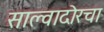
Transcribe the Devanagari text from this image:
साल्वादोरचा